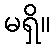
မရှိ။